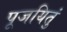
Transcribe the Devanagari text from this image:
पूजयितुं